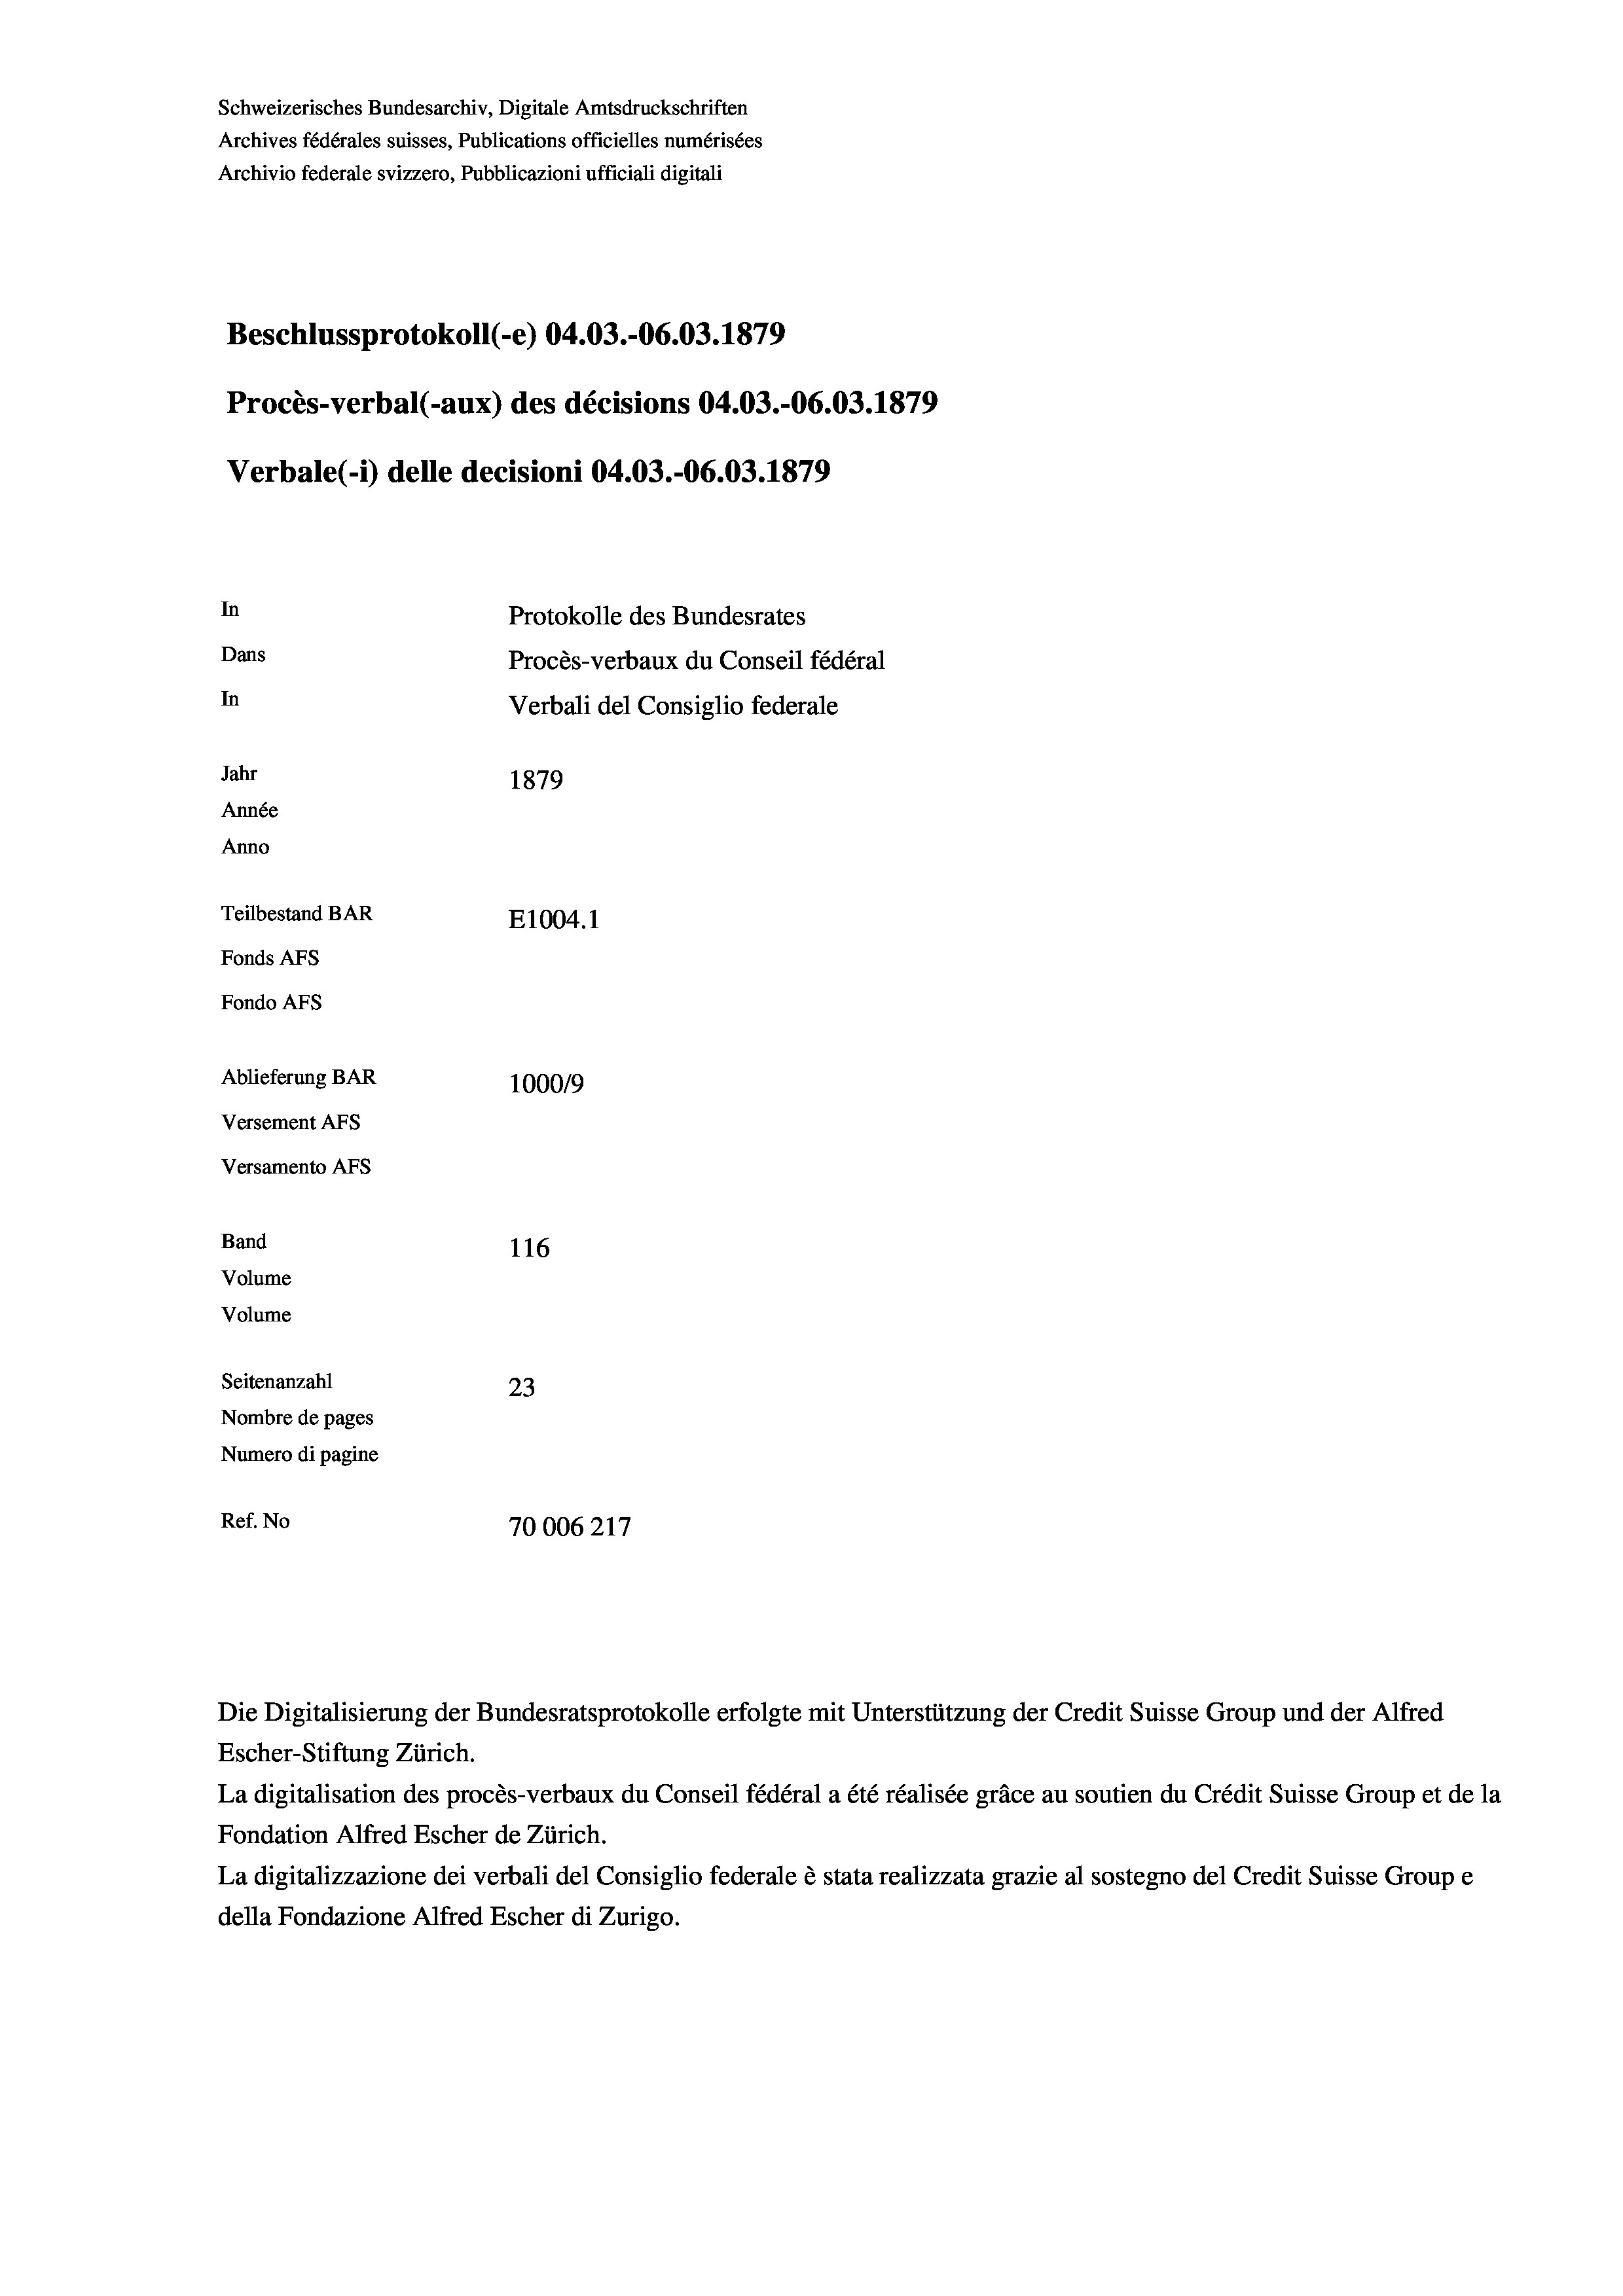
Schweizerisches Bundesarchiv, Digitale Amtsdruckschriften
Archives fédérales suisses, Publications officielles numérisées
Archivio federale svizzero, Pubblicazioni ufficiali digitali
Beschlussprotokoll (-e) 04.03.-06.03. 1879
Procès-verbal (-aux) des décisions 04.03.-06.03. 1879
Verbale(-*) delle decisioni 04.03.-06.03. 1879
In
Protokolle des Bundesrates
Dans
Procès-verbaux du Conseil fédéral
In
Verbali del Consiglio federale
Jahr
1879
Année
Anno
Teilbestand BAR
E1004.1
Fonds AFs
Fondo AFS
Ablieferung BAR
100019
Versement AFs
Versamento AFs
Band
116
Volume
Volume

Seitenanzahl
23
Nombre de pages
Numero di pagine
Ref. No
70006217

Escher-Stiftung Zürich.
La digitalisation des procès-verbaux du Conseil fédéral a été réalisée gräce au soutien du Crédit Suisse Group et de la
Fondation Alfred Escher de Zürich.
La digitalizzazione dei verbali del Consiglio federale è stata realizzata grazie al sostegno del Credit Suisse Groupe
della Fondazione Alfred Escher di Zurigo.

Die Digitalisierung der Bundesratsprotokolle erfolgte mit Unterstützung der Credit Suisse Group und der Alfred